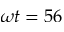
\omega t = 5 6